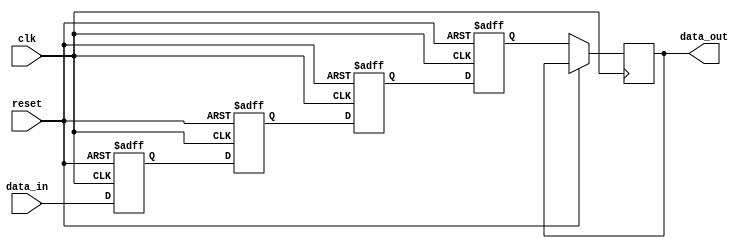
module RC_delay_block (
    input wire clk,
    input wire reset,
    input wire [15:0] data_in,
    output reg [15:0] data_out
);

reg [15:0] delay_element1;
reg [15:0] delay_element2;
reg [15:0] delay_element3;
reg [15:0] delay_element4;

always @(posedge clk or posedge reset) begin
    if (reset) begin
        delay_element1 <= 16'b0;
        delay_element2 <= 16'b0;
        delay_element3 <= 16'b0;
        delay_element4 <= 16'b0;
    end else begin
        delay_element1 <= data_in;
        delay_element2 <= delay_element1;
        delay_element3 <= delay_element2;
        delay_element4 <= delay_element3;
        data_out <= delay_element4;
    end
end

endmodule